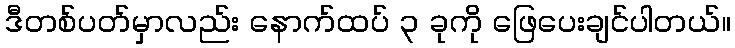
ဒီတစ်ပတ်မှာလည်း နောက်ထပ် ၃ ခုကို ဖြေပေးချင်ပါတယ်။